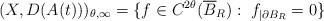
LaTeX: \begin{align*}(X, D(A(t)))_{\theta, \infty}= \{ f\in C^{2\theta}(\overline{B}_R):\; f_{|\partial B_R}=0\}\end{align*}